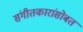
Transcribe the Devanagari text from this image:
संगीतकारांसोबत